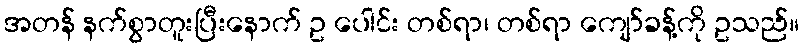
အတန် နက်စွာတူးပြီးနောက် ဥ ပေါင်း တစ်ရာ၊ တစ်ရာ ကျော်ခန့်ကို ဥသည်။